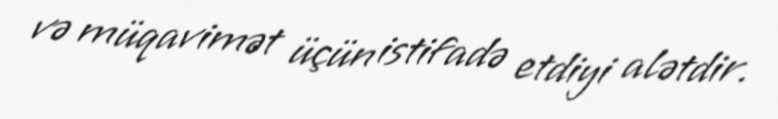
və müqavimət üçün istifadə etdiyi alətdir.